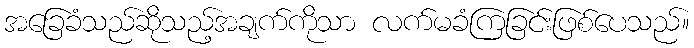
အခြေခံသည်ဆိုသည့်အချက်ကိုသာ လက်မခံကြခြင်းဖြစ်ပေသည်။